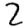
Digit: 2